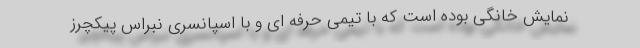
نمایش خانگی بوده است که با تیمی حرفه ای و با اسپانسری نبراس پیکچرز